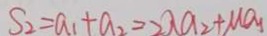
S _ { 2 } = a _ { 1 } + a _ { 2 } = 2 \lambda a _ { 2 } + M a _ { 1 }